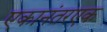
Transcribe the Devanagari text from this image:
एकानंतरएक